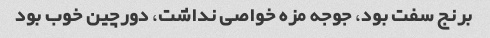
برنج سفت بود، جوجه مزه خواصی نداشت، دورچین خوب بود